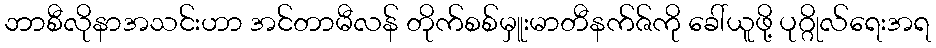
ဘာစီလိုနာအသင်းဟာ အင်တာမီလန် တိုက်စစ်မှူးမာတီနက်ဇ်ကို ခေါ်ယူဖို့ ပုဂ္ဂိုလ်ရေးအရ